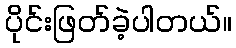
ပိုင်းဖြတ်ခဲ့ပါတယ်။